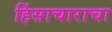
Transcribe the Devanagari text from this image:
हिंसाचाराचा